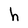
Character: h